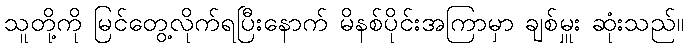
သူတို့ကို မြင်တွေ့လိုက်ရပြီးနောက် မိနစ်ပိုင်းအကြာမှာ ချစ်မှူး ဆုံးသည်။